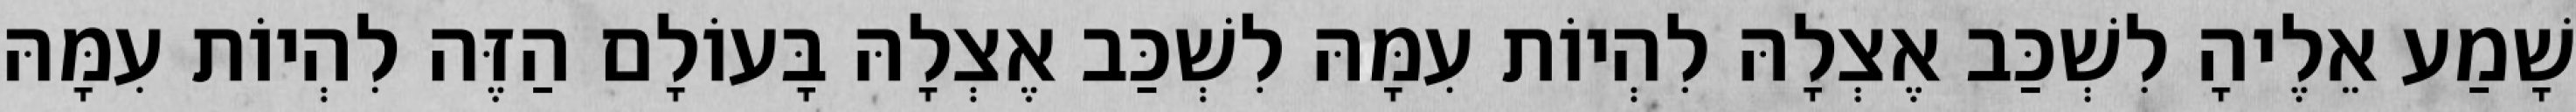
שָׁמַע אֵלֶיהָ לִשְׁכַּב אֶצְלָהּ לִהְיוֹת עִמָּהּ לִשְׁכַּב אֶצְלָהּ בָּעוֹלָם הַזֶּה לִהְיוֹת עִמָּהּ